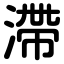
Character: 滯